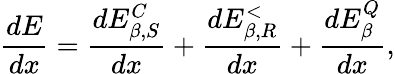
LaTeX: \frac{dE}{dx}=\frac{dE_{\beta,S}^{C}}{dx}+\frac{dE_{\beta,R}^{<}}{dx}+\frac{dE_{\beta}^{Q}}{dx},